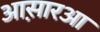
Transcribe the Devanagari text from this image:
आस़ारआ